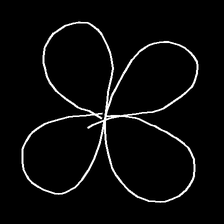
Glyph: billowing